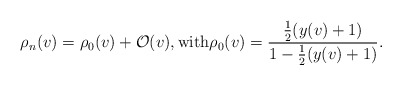
\begin{align*} \rho_n(v)=\rho_0(v)+\mathcal{O}(v),\textrm{with}\rho_0(v)=\frac{\frac{1}{2}(y(v)+1)}{1-\frac{1}{2}(y(v)+1)}.\end{align*}